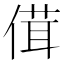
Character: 傇